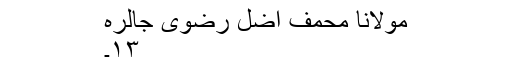
مولانا محمف اضل رضوی جالرہ
۱۳۔